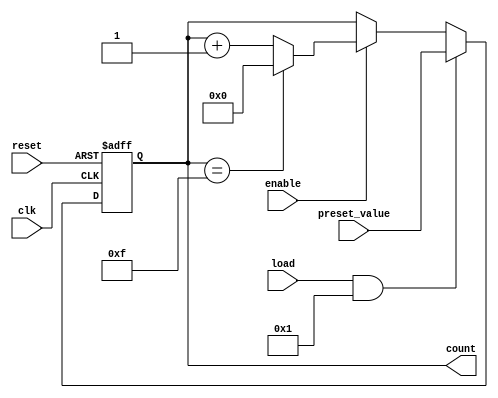
module parameterized_counter #(
    parameter WIDTH = 4,              // Bit-width of the counter
    parameter COUNT_DIR = 1,          // 1 for up counting, 0 for down counting
    parameter LOAD_ENABLE = 1          // 1 to enable loading a preset value
)(
    input wire clk,                   // Clock signal
    input wire reset,                 // Active-high reset
    input wire load,                  // Active-high load signal
    input wire [WIDTH-1:0] preset_value, // Value to load into the counter
    input wire enable,                // Enable signal for counting
    output reg [WIDTH-1:0] count      // Current counter value
);

    // Define the maximum count value based on the width
    localparam MAX_COUNT = (1 << WIDTH) - 1; // 2^WIDTH - 1

    // Counter behavior
    always @(posedge clk or posedge reset) begin
        if (reset) begin
            // Reset the counter to zero
            count <= 0;
        end else if (load && LOAD_ENABLE) begin
            // Load the preset value if load is asserted
            count <= preset_value;
        end else if (enable) begin
            // Counting logic based on COUNT_DIR
            if (COUNT_DIR) begin
                // Count up
                if (count == MAX_COUNT) begin
                    count <= 0; // Wrap around to zero
                end else begin
                    count <= count + 1;
                end
            end else begin
                // Count down
                if (count == 0) begin
                    count <= MAX_COUNT; // Wrap around to MAX_COUNT
                end else begin
                    count <= count - 1;
                end
            end
        end
    end

endmodule